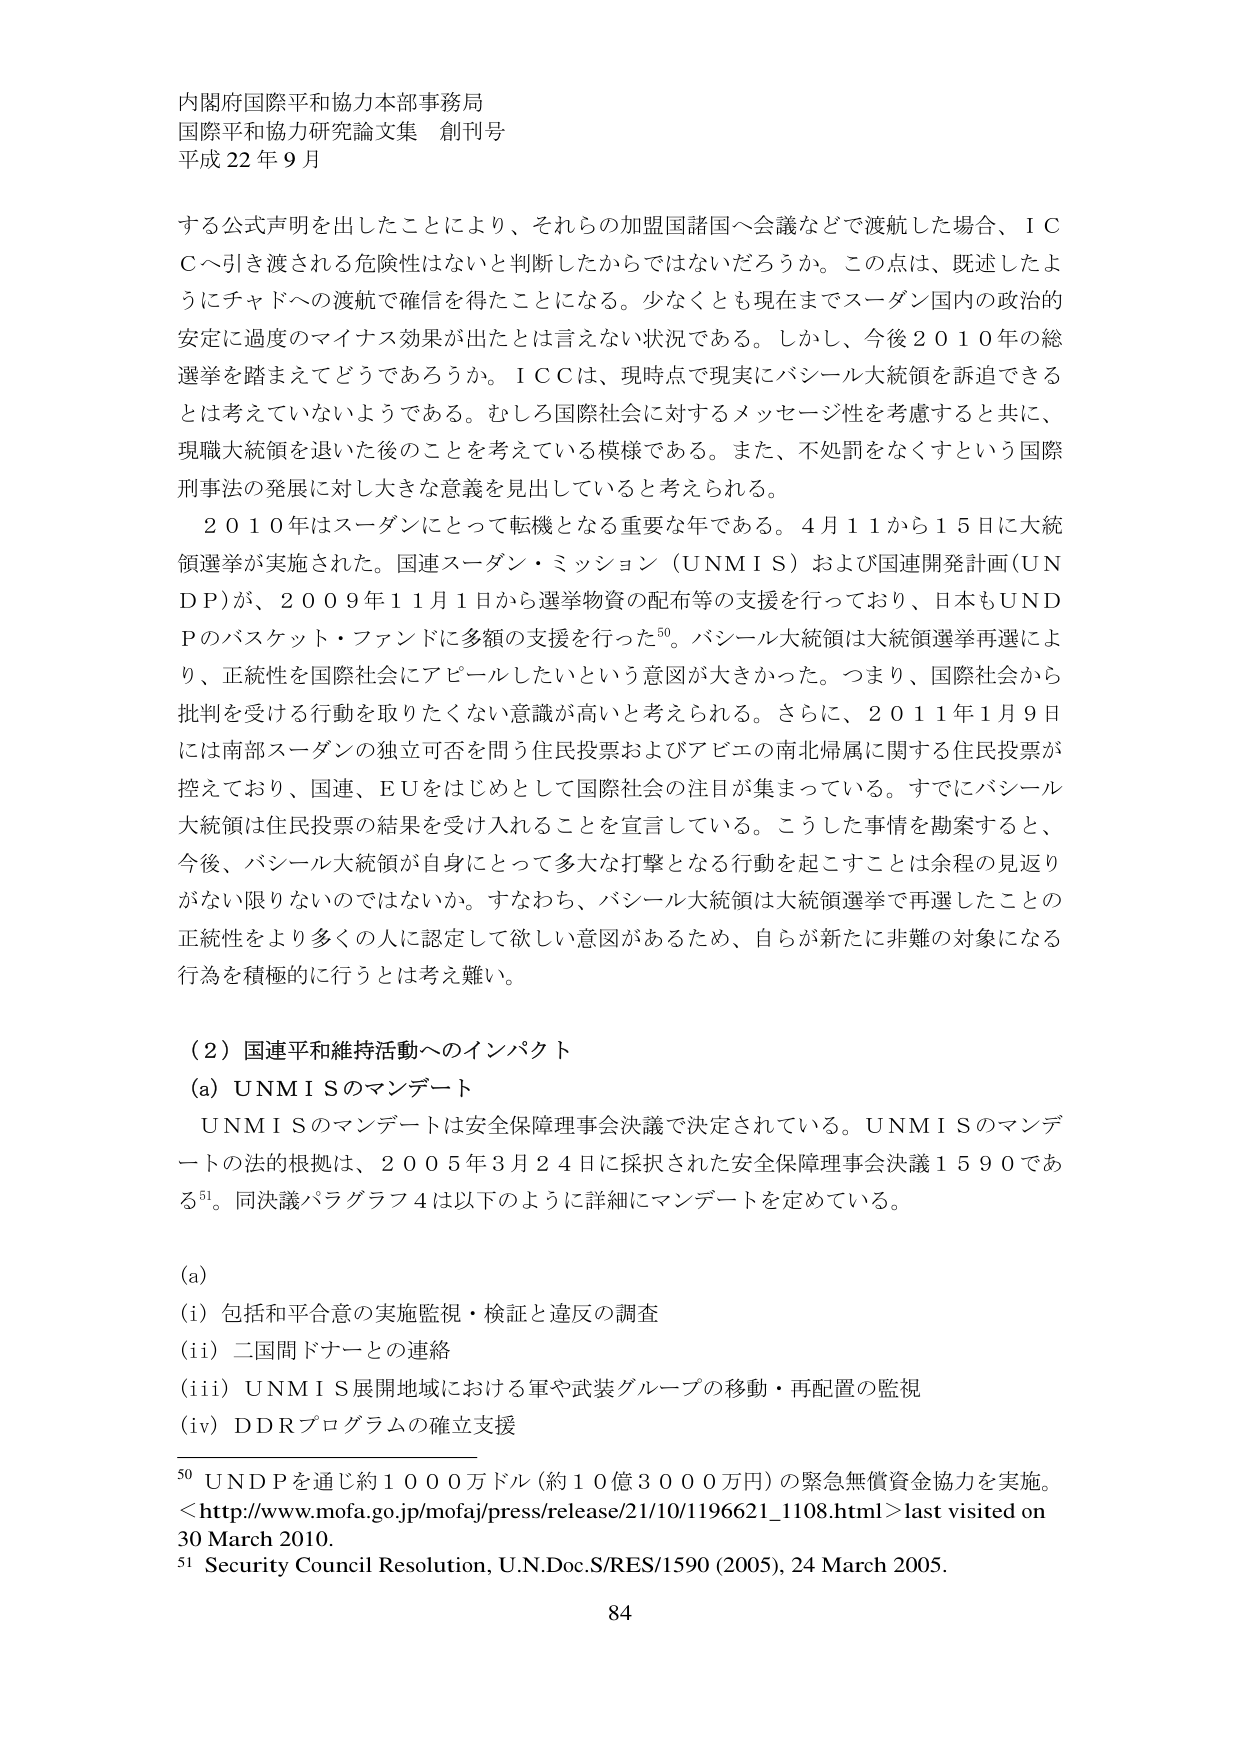
内閣府国際平和協力本部事務局
国際平和協力研究論文集 創刊号
平成22年9月

する公式声明を出したことにより、それらの加盟国諸国へ会議などで渡航した場合、ＩＣＣへ引き渡される危険性はないと判断したからではないだろうか。この点は、既述したようにチャドへの渡航で確信を得たことになる。少なくとも現在までスーダン国内の政治的安定に過度のマイナス効果が出たとは言えない状況である。しかし、今後2010年の総選挙を踏まえてどうであろうか。ＩＣＣは、現時点で現実にバシール大統領を訴追できるとは考えていないようである。むしろ国際社会に対するメッセージ性を考慮すると共に、現職大統領を退いた後のことを考えている模様である。また、不処罰をなくすという国際刑事法の発展に対し大きな意義を見出していると考えられる。

2010年はスーダンにとって転機となる重要な年である。4月11から15日に大統領選挙が実施された。国連スーダン・ミッション（UNMIS）および国連開発計画（UNDP）が、2009年1月1日から選挙物資の配布等の支援を行っており、日本もUNDPのバスケット・ファンドに多額の支援を行った⁵⁰。バシール大統領は大統領選挙再選により、正統性を国際社会にアピールしたいという意図が大きかった。つまり、国際社会から批判を受ける行動を取りたくない意識が高いと考えられる。さらに、2011年1月9日には南部スーダンの独立可否を問う住民投票およびアビエの南北帰属に関する住民投票が控えており、国連、EUをはじめとして国際社会の注目が集まっている。すでにバシール大統領は住民投票の結果を受け入れることを宣言している。こうした事情を勘案すると、今後、バシール大統領が自身にとって多大な打撃となる行動を起こすことは余程の見返りがない限りないのではないか。すなわち、バシール大統領は大統領選挙で再選したことの正統性をより多くの人に認定して欲しい意図があるため、自らが新たに非難の対象になる行為を積極的に行うとは考え難い。

（2）国連平和維持活動へのインパクト
(a) UNMISのマンデート
UNMISのマンデートは安全保障理事会決議で決定されている。UNMISのマンデートの法的根拠は、2005年3月24日に採択された安全保障理事会決議1590である⁵¹。同決議パラグラフ4は以下のように詳細にマンデートを定めている。

(a)
(i) 包括和平合意の実施監視・検証と違反の調査
(ii) 二国間ドナーとの連絡
(iii) UNMIS展開地域における軍や武装グループの移動・再配置の監視
(iv) DDRプログラムの確立支援

⁵⁰ UNDPを通じ約1000万ドル（約10億3000万円）の緊急無償資金協力を実施。
＜http://www.mofa.go.jp/mofaj/press/release/21/10/1196621_1108.html＞last visited on 30 March 2010.
⁵¹ Security Council Resolution, U.N.Doc.S/RES/1590 (2005), 24 March 2005.

84